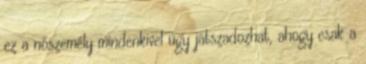
ez a nőszemély mindenkivel úgy játszadozhat, ahogy csak a